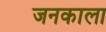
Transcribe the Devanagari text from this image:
जनकाला